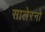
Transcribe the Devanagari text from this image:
सालेरनो